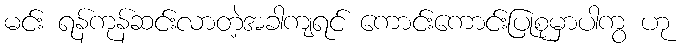
မင်း ရန်ကုန်ဆင်းလာတဲ့အခါကျရင် ကောင်းကောင်းပြုစုမှာပါကွ ဟု